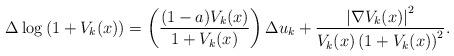
LaTeX: \begin{align*}\Delta\log\left(1+V_{k}(x)\right)=\left(\frac{(1-a)V_{k}(x)}{1+V_{k}(x)}\right)\Delta u_k+\frac{\left|\nabla V_{k}(x)\right|^{2}}{V_{k}(x)\left(1+V_{k}(x)\right)^{2}}.\end{align*}